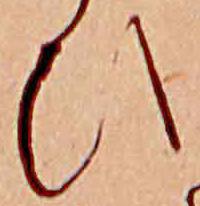
ひ